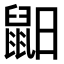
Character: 𪕈